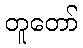
တူတော်